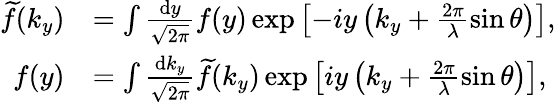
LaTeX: \begin{array}{rl}{\smash{\widetilde{f}}(k_{y})}&{=\int\frac{\mathrm{d}y}{\sqrt{2\pi}}f(y)\exp\left[-iy\left(k_{y}+\frac{2\pi}{\lambda}\sin\theta\right)\right],}\\ {f(y)}&{=\int\frac{\mathrm{d}k_{y}}{\sqrt{2\pi}}\smash{\widetilde{f}}(k_{y})\exp\left[iy\left(k_{y}+\frac{2\pi}{\lambda}\sin\theta\right)\right],}\end{array}